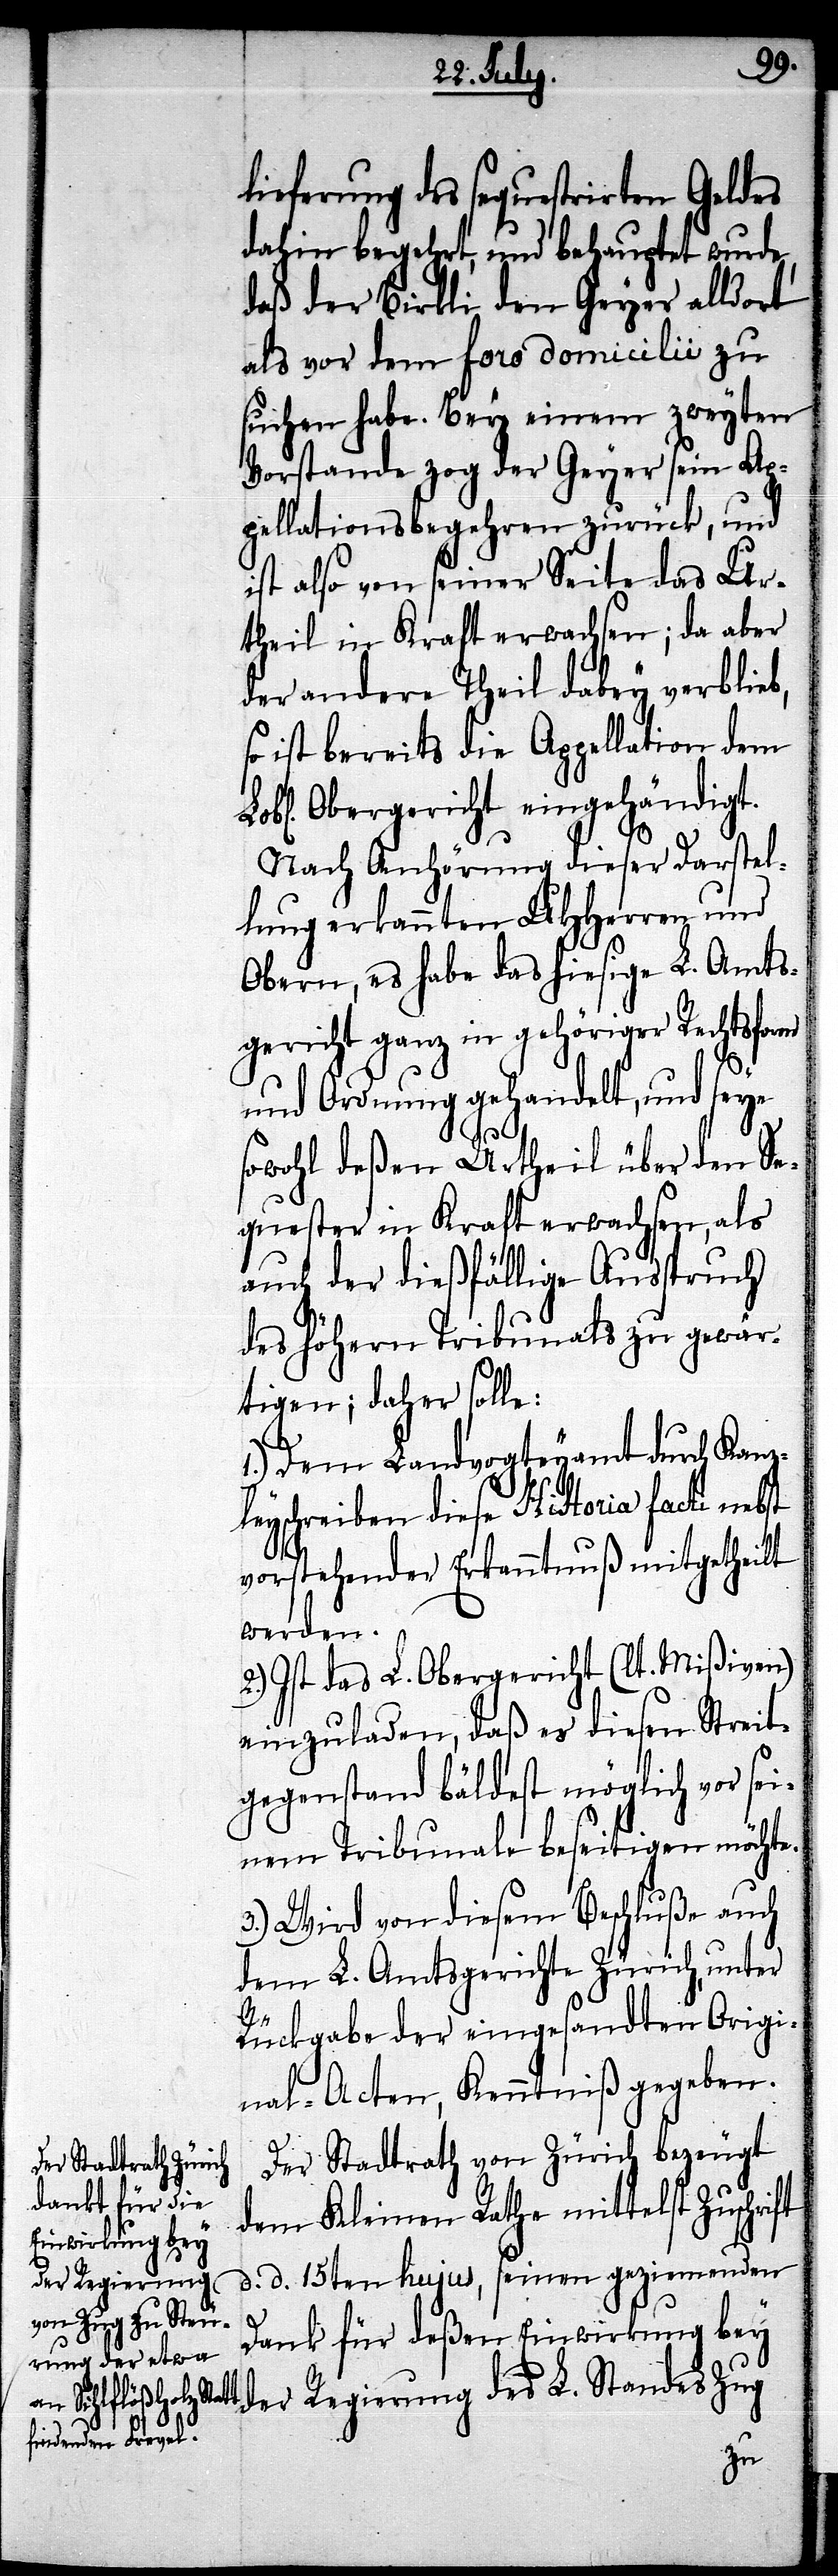
lieferung des sequestrirten Geldes
dahin begehrt, und behauptet wurde,
daß der Birkli den Geyer alldort
als vor dem foro domicilii zu
suchen habe. Bey einem zweyten
Vorstande zog der Geyer sein Ap¬
pellationsbegehren zurück, und
ist also von seiner Seite das Ur¬
theil in Kraft erwachsen, da aber
der andere Theil dabey verblieb,
so ist bereits die Appellation dem
Obergericht eingehändigt.
Nach Anhörung dieser Darstel¬
lung erkannten UHHerren und
Obern, es habe das hiesige L. Amts¬
gericht ganz in gehöriger Rechtsform
und Ordnung gehandelt, und seye
sowohl deßen Urtheil über den Se¬
quester in Kraft erwachsen, als
auch der dießfällige Anspruch
des höhern Tribunals zu gewär¬
tigen; daher solle:
1.) Dem Landvogteyamt durch Kanz¬
leyschreiben diese Historia facti nebst
vorstehender Erkanntnuß mitgetheilt
werden.
2.) Ist das L. Obergericht (lt. Mißiven)
einzuladen, daß es diesen Streit¬
gegenstand bäldest möglich vor sei¬
nem Tribunale beseitigen möchte.
3.) Wird von diesem Beschluße auch
dem L. Amtsgerichte Zürich, unter
Rückgabe der eingesandten Origi¬
nal-Acten, Kenntniß gegeben.
Der Stadtrath von Zürich bezeugt
dem Kleinen Rathe mittelst Zuschrift
d. d. 15ten hujus, seinen geziemenden
Dank für deßen Einwirkung bey
der Regierung des L. Standes Zug